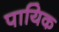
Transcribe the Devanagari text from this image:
पायिक